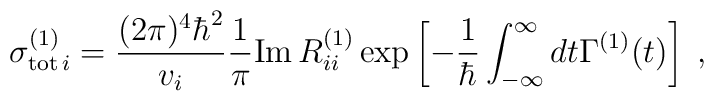
\sigma^{(1)}_{{\rm tot}\,i} = \frac{(2\pi)^4 \hbar^2}{v_i} \frac{1}{\pi} {\rm Im}\, R^{(1)}_{ii} \exp\left[-\frac{1}{\hbar}\int_{-\infty}^\infty dt \Gamma^{(1)}(t) \right] \; ,